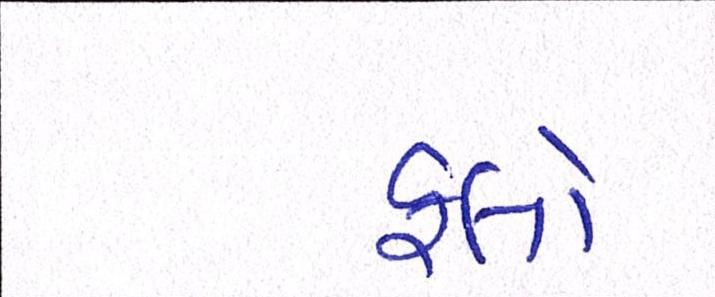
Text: ફ્લો